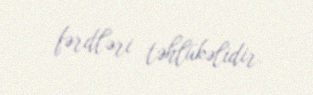
fərdləri təhlükəlidir.